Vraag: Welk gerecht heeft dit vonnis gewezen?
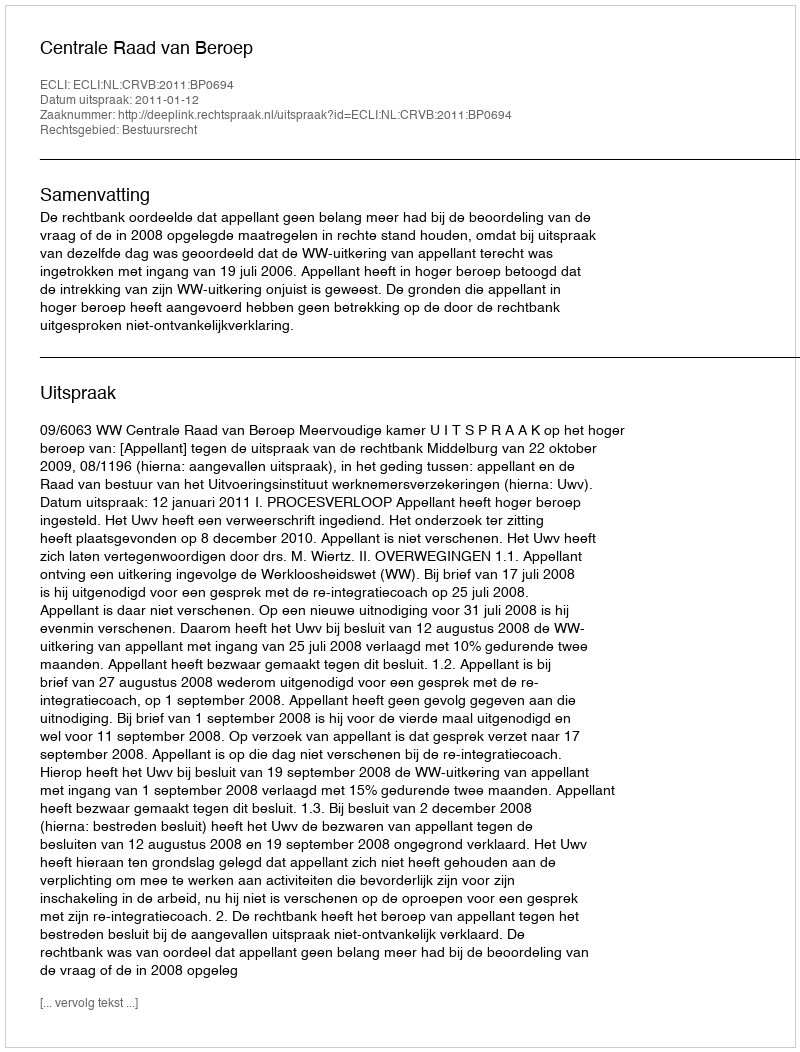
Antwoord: Centrale Raad van Beroep